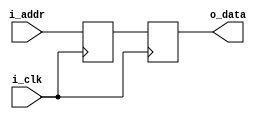
module saw_wave(
  input i_clk,
  input [15:0] i_addr,
  output reg [15:0] o_data
);

  reg [15:0] r_delay;

  // Delay by one sample just so it's in phase with other waves
  always @ (posedge i_clk)
  begin
    r_delay <= i_addr;
    o_data <= r_delay;
  end

endmodule